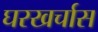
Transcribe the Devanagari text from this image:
घरखर्चास